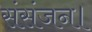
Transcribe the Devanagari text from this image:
संसंजन।